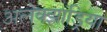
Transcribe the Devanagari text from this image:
अलेक्‍झांड्रिया